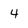
Character: 4